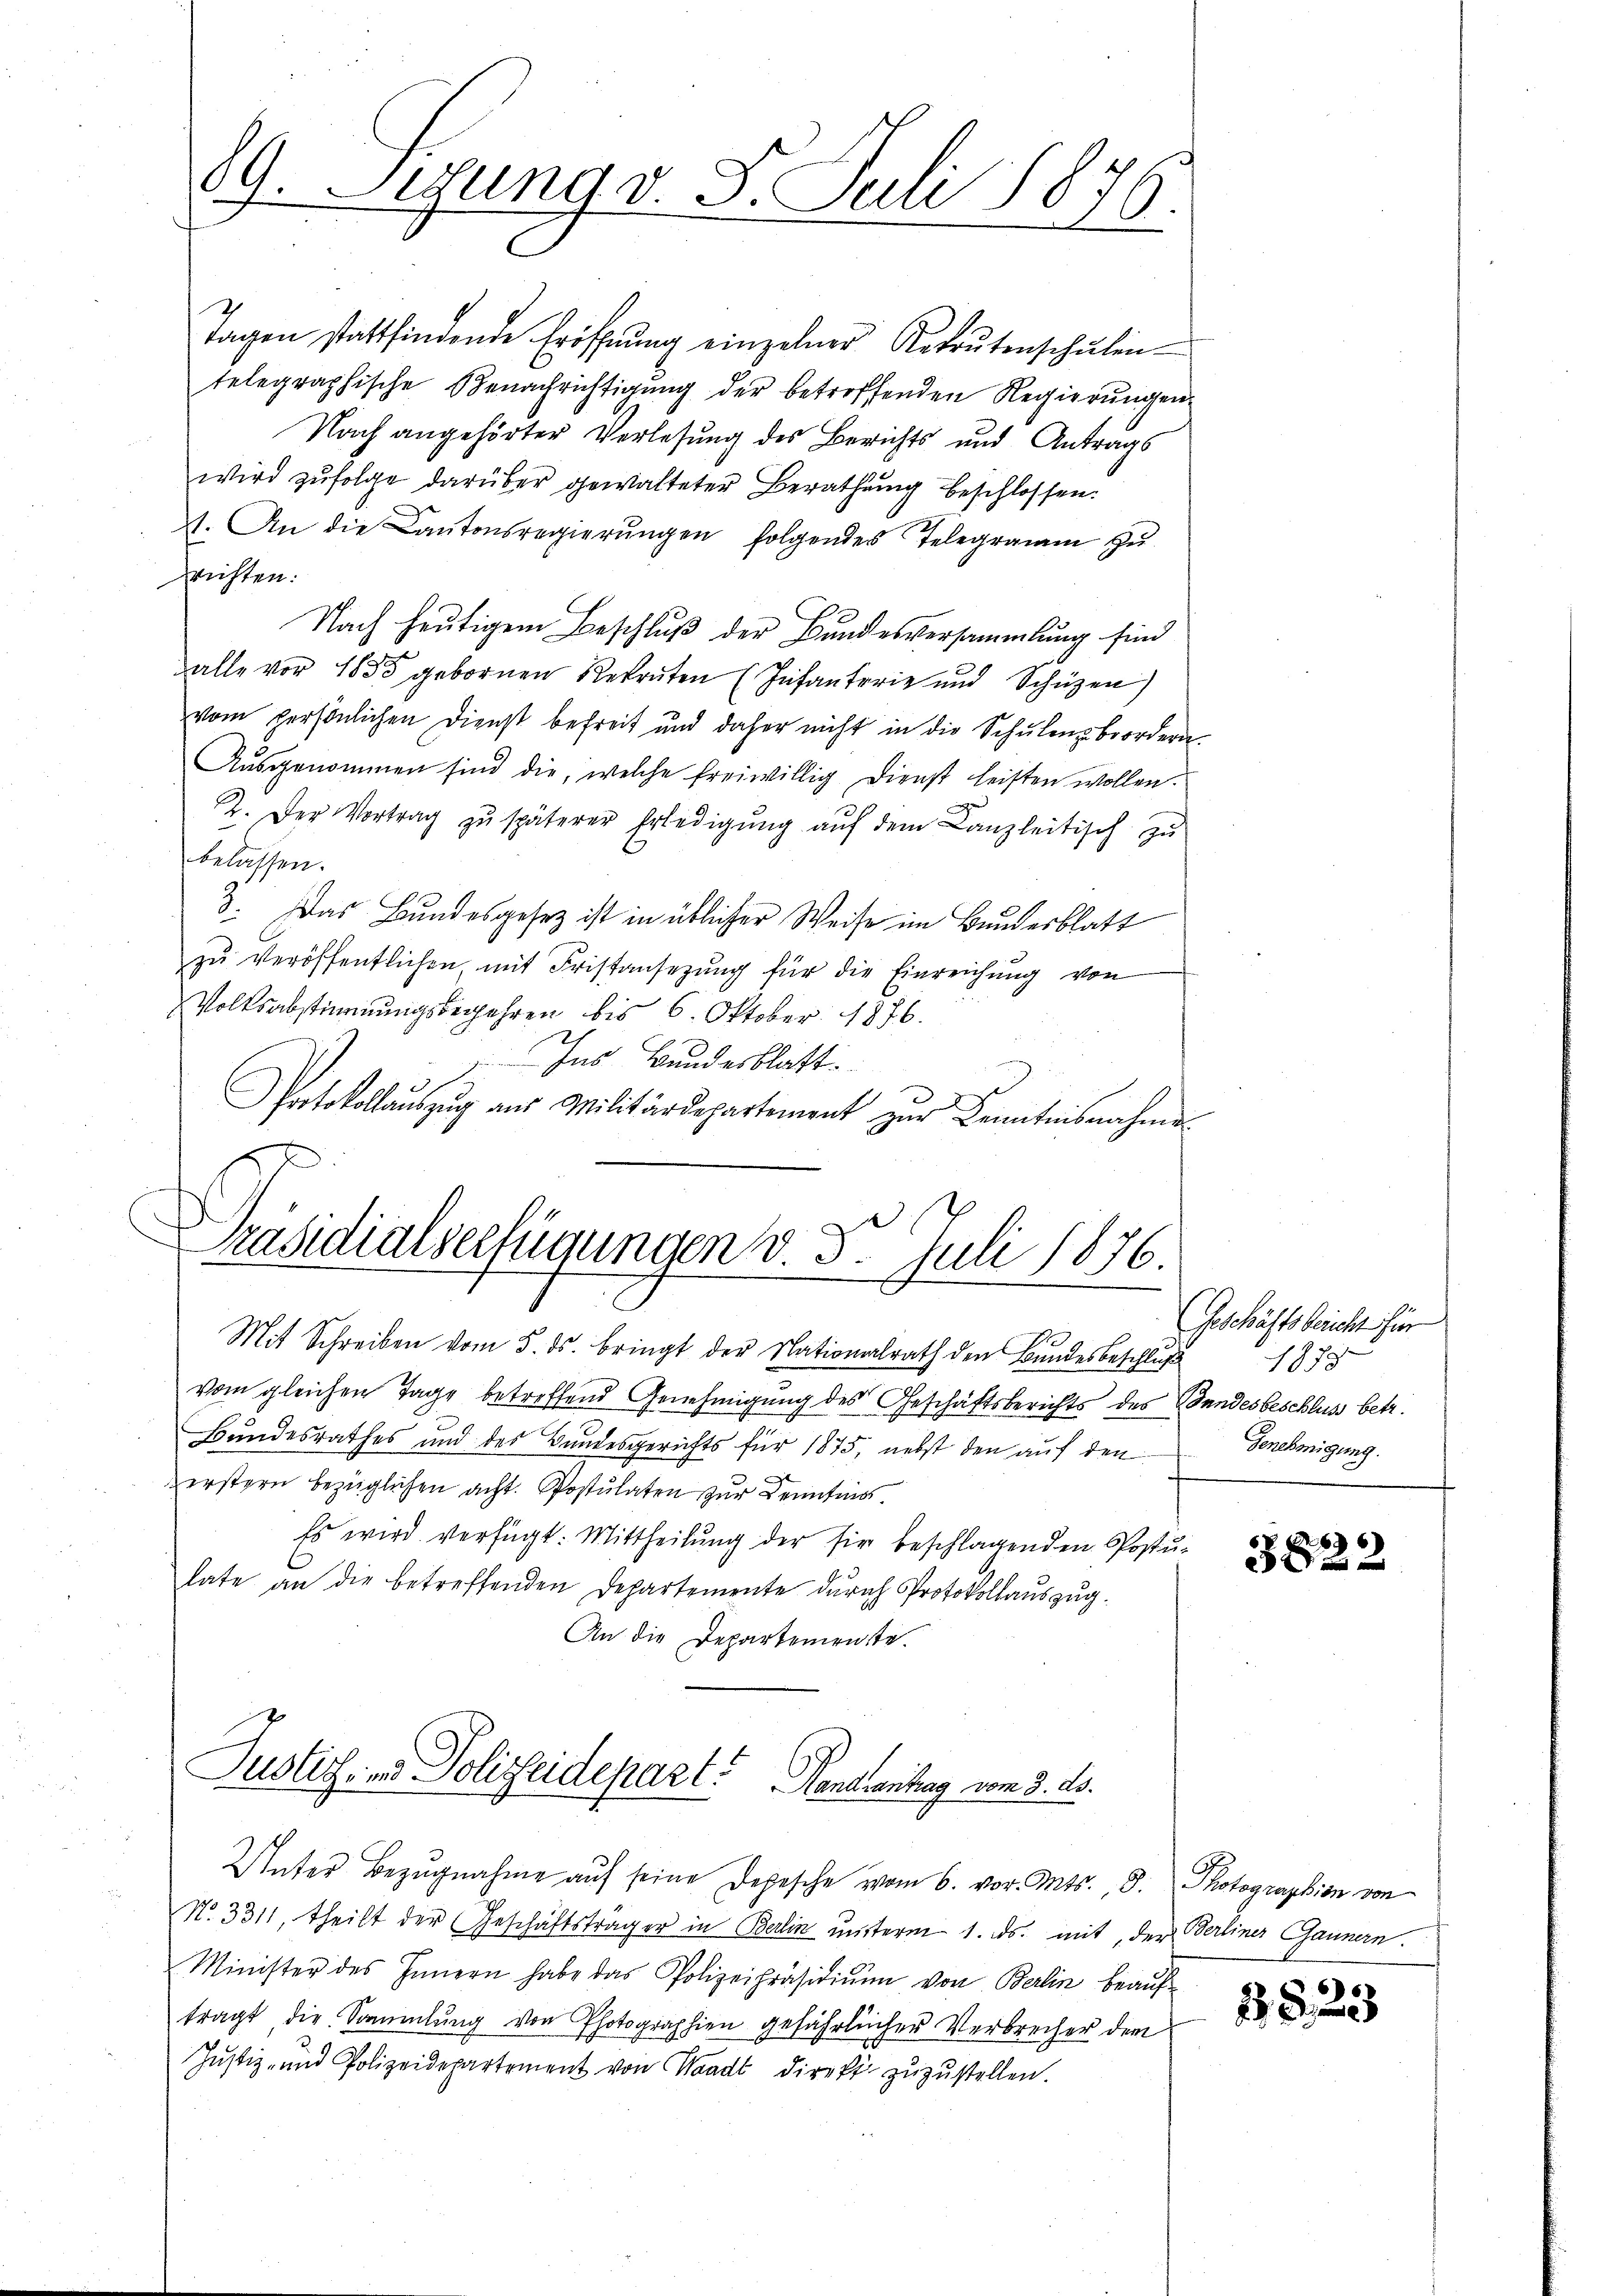
19. Segung v. 8. Juli 1876.

Tagen stattfindende Eröffnŭng einzelner Retrŭtenschŭlen-
telegraphische Benachrichtigŭng der betreffenden Regierŭngen
Nach angehörter Verlesung des Berichts und Antrags
wird zŭfolge darüber gewalteter Berathŭng beschlossen.
1. An die Cantonsregierŭngen folgendes Telegramm zŭ
drichten:
Nach heutigem Beschluß der Bundesversammlung sind
zalle vor 1855 gebornen Rekruten (Infanterie und Schützen)
vom persönlichen Dienst befreit und daher nicht in die Schŭle beordern
Aŭsgenommen sind die, welche freiwillig dienst leisten wollen.
2. Der Vortrag zŭ späterer Erledigŭng aŭf dem Canzleitisch zŭ
blassen.
3. Das Bundesgesetz ist in üblicher Weise im Bundesblatt
zŭ veröffentlichen, mit Fristansezŭng für die Einreichŭng von
Volksabstimmungsbegehren bis 6. Oktober 1876.
Ins Bundesblatt.
Protokollaŭszŭg aŭs Militärdepartement zŭr Kenntnisnahme
Präsidialserfügungen v. 5. Juli 1876.
Mit Schreiben vom 5. ds. bringt der Nationalrath den Bundesbeschluß
vom gleichen Tage betreffend Genehmigung des Geschäftsberichts des Bundesbeschluss betr.
Bundesrathes und des Bundesgerichts für 1875, nebst den auf den
f
erstern bezüglichen acht. Postulaten zur Kenntniss
Es wird verfügt: Mittheilung der fir beschlagenden Postu-
late an die betreffenden Departemente durch Protokollauszug.
An die Departemenste.

Justiz- und Polizeidepart. Gendantag vom 3. ds.

Unter Bezŭgnahme aŭf seine Depesche vom 6. vor. Mts., 8. Photographien von
No. 3311, theilt der Geschäftsträger in Berlin unterm 1. ds. mit, der Berliner Gaunern.
Minister des Innern habe das Polizeipräsidiŭm von Berlin beaŭf-
tragt die Sammlung von Photographien gefährlicher Verbrecher dem
Justiz- und Polizeidepartement von Waadt direkt zŭzŭstellen.

Geschäftsbericht für
1878
Genehmigung.

3822

25,23